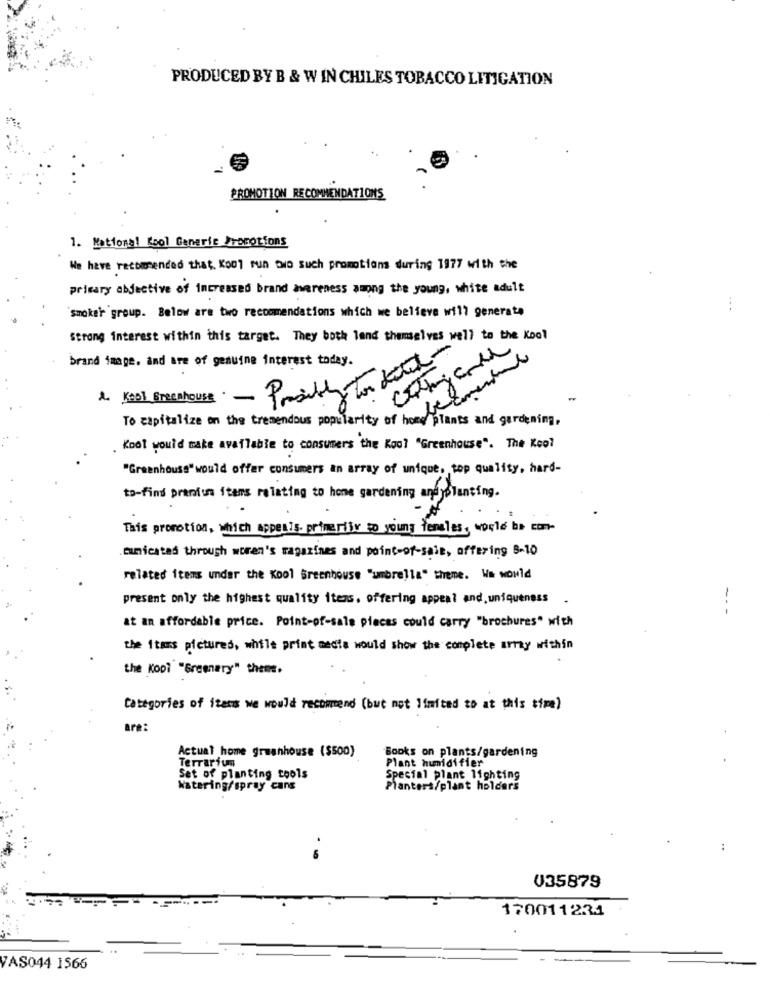
PRODUCED BY B & W IN CHILES TOBACCO LITIGATION
PROMOTION RECOMMENDATIONS
1. National Kool Generic Promotions
We have recomended that Kool run two Such promotions during 1977 with the
primary objective of increased brand awareness among the young, white adult
...
smoker group. Below are two recommendations which we believe will generate
strong interest within this target. They both lend themselves well to the Kool
brand image, and are of genuine interest today.
Cotagande
1. Kool Greenhouse - Proth out-
in
To capitalize on the tremendous popularity of home/ plants and gardening,
. Kool would make available to consumers the Kool "Greenhouse". The Kool
"Greenhouse"would offer consumers an array of unique, top quality, hard-
to-find pranius items relating to home gardening andyplanting.
This promotion, which Appeals. primeribv to young ferales, world be com-
eunicated through woman's magazines and point-of-sale, offering 8-10
related items under the Kool Greenhouse "umbrella" theme. We would
present only the highest quality items. offering appeal and. uniqueness -
---
at an affordable price. Point-of-sale pieces could carry "brochures" with
the Items pictures, while print media would show the complete array within
the Kopi "Greenery" thene.
Categories of itens we would recommend (but not limited to at this time)
are:
Actual home greenhouse ($500)
Books on plants/gardening
Terrarium
Plant humidifier
Set of planting tools
Special plant lighting
Watering/spray cans
Planters/plant holders
.
035879
170011234
VAS044 1566